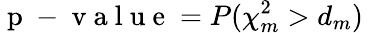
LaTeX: \mathrm{~p~-~v~a~l~u~e~}=P(\chi_{m}^{2}>d_{m})\quad